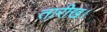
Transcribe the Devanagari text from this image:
तारीख।